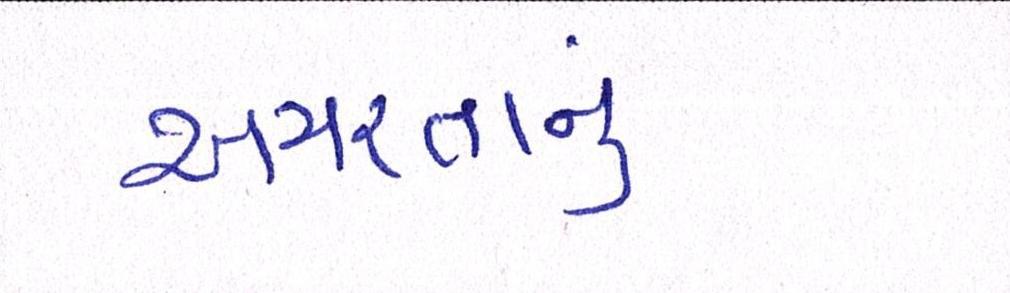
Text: અમરતાનું